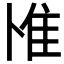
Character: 𨾇